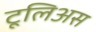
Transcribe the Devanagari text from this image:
टूलिअस